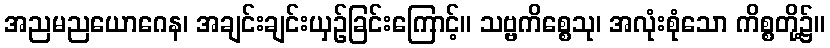
အညမညယောဂေန၊ အချင်းချင်းယှဉ်ခြင်းကြောင့်။ သဗ္ဗကိစ္စေသု၊ အလုံးစုံသော ကိစ္စတို့၌။